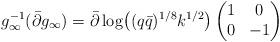
LaTeX: \begin{align*}g_\infty^{-1}( \bar\partial g_\infty) & = \bar \partial \log \bigl((q\bar q)^{1/8}k^{1/2}\bigr) \begin{pmatrix}1 & 0\\0 & -1 \end{pmatrix} \end{align*}